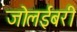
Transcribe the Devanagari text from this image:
जोलईबरी